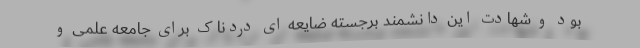
بود و شهادت این دانشمند برجسته ضایعه ای دردناک برای جامعه علمی و